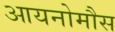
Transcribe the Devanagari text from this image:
आयनोमौस